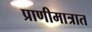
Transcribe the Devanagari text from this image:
प्राणीमात्रात